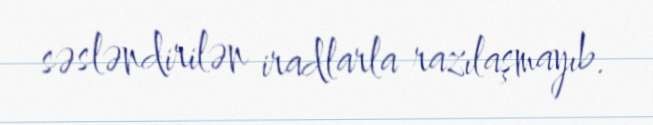
səsləndirilən iradlarla razılaşmayıb.